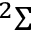
^ 2 \Sigma